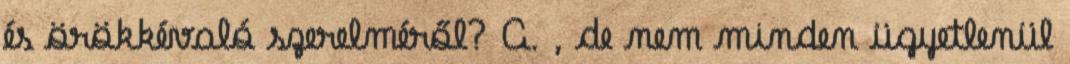
és örökkévaló szerelméről? A. , de nem minden ügyetlenül